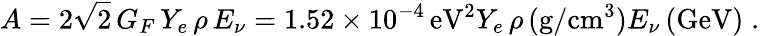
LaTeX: A=2\sqrt 2\, G_{F}\, Y_{e}\, \rho\, E_{\nu}=1.52\times 10^{-4}\, \mathrm{eV^{2}}Y_{e}\, \rho\, (\mathrm{g/cm^{3}})E_{\nu}\, (\mathrm{GeV)\; .}